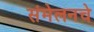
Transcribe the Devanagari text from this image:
संमेलनचे